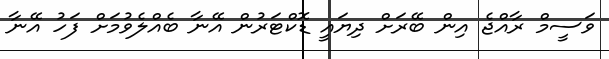
ވަސީމް ރާއްޖެ އިން ބޭރަށް ދިޔައީ ޑޮކްޓަރުން އޭނާ ބެއްލެވުމަށް ފަހު އޭނާ